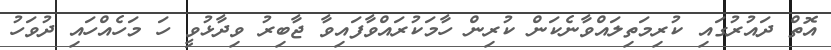
އޮތް ދައުރުގައި ކުރިމަތިލައްވާނެކަން ކުރިން ހާމަކުރައްވާފައިވާ ޖާބިރު ވިދާޅުވީ ހަ މަހެއްހައި ދުވަހު